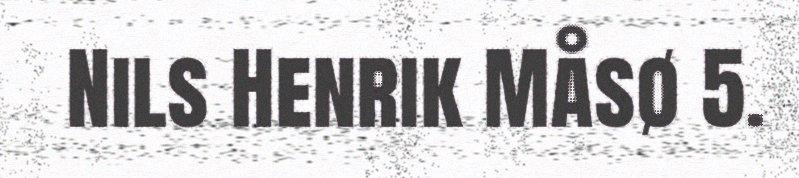
Nils Henrik Måsø 5.